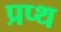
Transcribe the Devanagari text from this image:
प्रप्थ